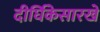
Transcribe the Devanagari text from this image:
दीर्घिकेसारखे